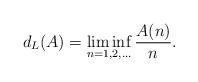
LaTeX: \begin{align*}d_L(A) = \liminf_{n = 1,2,\ldots} \frac{A(n)}{n}.\end{align*}